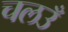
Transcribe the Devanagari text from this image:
चलउँ